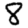
Digit: 8